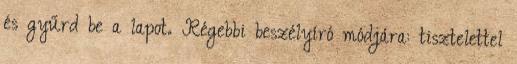
és gyűrd be a lapot. Régebbi beszélyíró módjára: tisztelettel